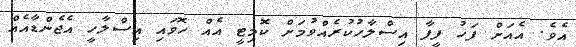
އެވެ. އެއަށް ފަހު ފީފާ އިސްލާހުކުރެއްވުމަށް ކޮމިޓީ އެއް ހޮވައި އިސްލާހީ އެޖެންޑާއެއް